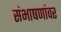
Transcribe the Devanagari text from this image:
संभाषणांवर